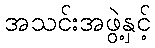
အသင်းအဖွဲ့နှင့်